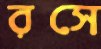
রসে